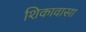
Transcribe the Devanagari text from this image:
शिकावासा